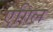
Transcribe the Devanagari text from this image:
एगिल